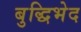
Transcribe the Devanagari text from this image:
बुद्धिभेद